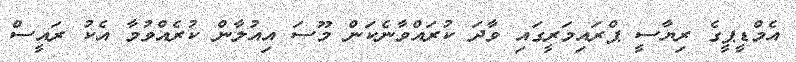
އެމްޑީޕީގެ ރިޔާސީ ޕްރައިމަރީގައި ވާދަ ކުރައްވާނެކަން މޫސަ އިއުލާން ކުރެއްވުމާ އެކު ރައީސް